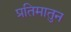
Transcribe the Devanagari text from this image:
प्रतिमातुन